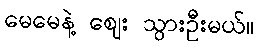
မေမေနဲ့ ဈေး သွားဦးမယ်။